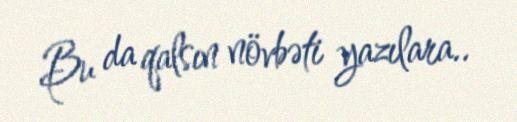
Bu da qalsın növbəti yazılara..